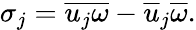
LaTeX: \sigma_{j}=\overline{{u_{j}\omega}}-\overline{{u}}_{j}\overline{{\omega}}.